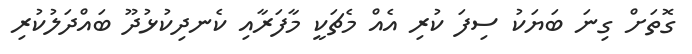
ގޮތަށް ގިނަ ބަޔަކު ސިފަ ކުރި އެއް މެޗަކީ މާފަރާއި ކެނދިކުޅުދޫ ބައްދަލުކުރި